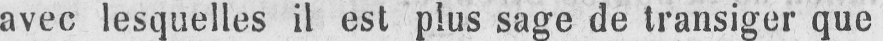
avec lesquelles il est plus sage de transiger que